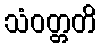
သံဝတ္တတိ